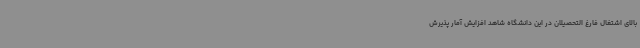
بالای اشتغال فارغ التحصیلان در این دانشگاه شاهد افزایش آمار پذیرش